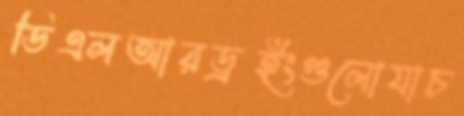
ডিএলআরড্রইংগুলোযাচ